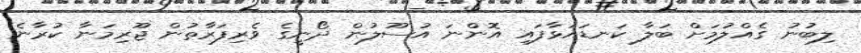
ލިބުނު ގެއްލުމަށް ބަލާ ކަނޑައަޅާފައި އޮންނަ އުސޫލުން ދޯނީގެ ވެރިފަރާތުން ޖޫރިމަނާ ކުރާނެ